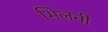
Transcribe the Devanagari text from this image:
भिलनी